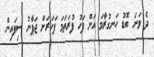
ދެ ވަނަ ބޮޑު ހަނގުރާމަ އަށް ފަހު ފުރަތަަމަ ފަހަރަށް ޖަޕާނު ސިފައިން